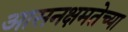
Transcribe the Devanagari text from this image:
आसनक्षमतेच्या